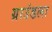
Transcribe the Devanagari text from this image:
ग्राउंडला